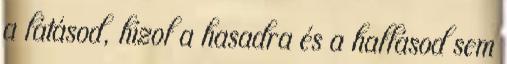
a látásod, hízol a hasadra és a hallásod sem